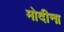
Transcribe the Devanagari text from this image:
मोदीना